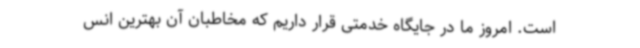
است. امروز ما در جایگاه خدمتی قرار داریم که مخاطبان آن بهترین انس